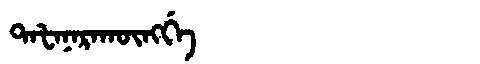
Manchu: ᡨᠠᡶᠠᠨᠠᡵᠠᡴᡡᠩᡤᡝ
Romanization: TAFANARAKŪNGGE